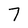
Character: 7